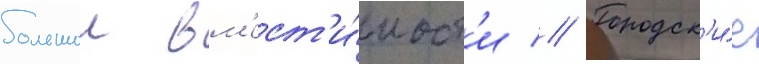
большои вм'ест'и́мост'и // Городск'и́е